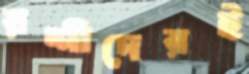
রশীদেরই